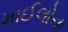
માઈલોના